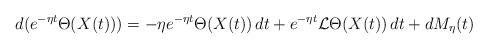
LaTeX: \begin{align*}d (e^{-\eta t}\Theta(X(t)))=-\eta e^{-\eta t}\Theta(X(t)) \, dt + e^{-\eta t}\mathcal{L}\Theta(X(t))\, dt + d M_\eta (t)\end{align*}